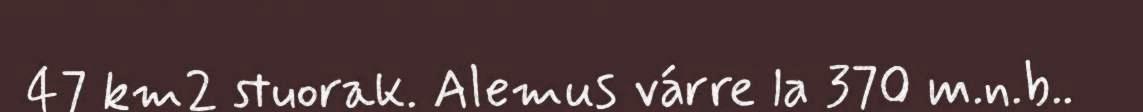
47 km2 stuorak. Alemus várre la 370 m.n.b..